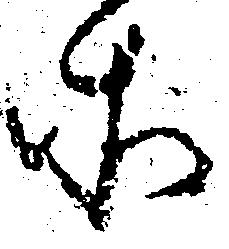
そ